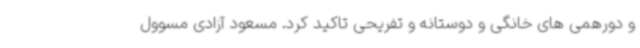
و دورهمی های خانگی و دوستانه و تفریحی تاکید کرد. مسعود آزادی مسوول